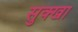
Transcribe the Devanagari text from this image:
सुक्खा